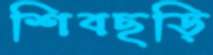
শিবছড়ি